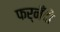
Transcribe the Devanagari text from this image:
फर्‌नँदो